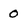
Character: 0